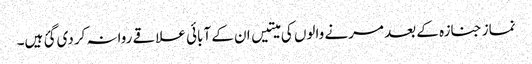
نماز جنازہ کے بعد مرنے والوں کی میتیں ان کے آبائی علاقے روانہ کردی گئ ہیں۔